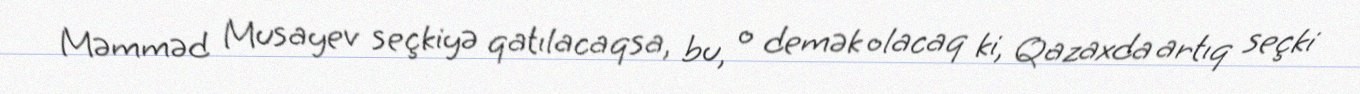
Məmməd Musayev seçkiyə qatılacaqsa, bu, o demək olacaq ki, Qazaxda artıq seçki